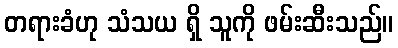
တရားခံဟု သံသယ ရှိ သူကို ဖမ်းဆီးသည်။